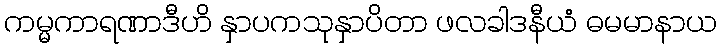
ကမ္မကာရဏာဒီဟိ နှာပကသုနှာပိတာ ဖလခါဒနီယံ ဓမမာနာယ